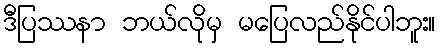
ဒီပြဿနာ ဘယ်လိုမှ မပြေလည်နိုင်ပါဘူး။